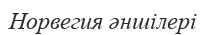
Норвегия әншілері